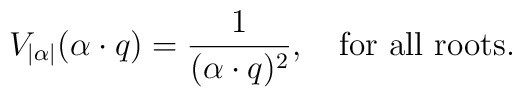
V_{|\alpha|}(\alpha\cdot q)={1\over{(\alpha\cdot q)^2}},   \quad \mbox{for all roots}.